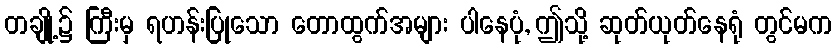
တချို့၌ ကြီးမှ ရဟန်းပြုသော တောထွက်အများ ပါနေပုံ, ဤသို့ ဆုတ်ယုတ်နေရုံ တွင်မက